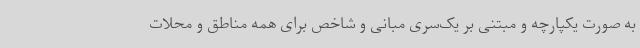
به صورت یکپارچه و مبتنی بر یک‌سری مبانی و شاخص برای همه مناطق و محلات